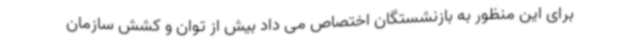
برای این منظور به بازنشستگان اختصاص می داد بیش از توان و کشش سازمان